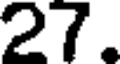
27.